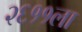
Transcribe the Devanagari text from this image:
२६११ला